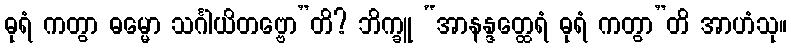
ဓုရံ ကတွာ ဓမ္မော သင်္ဂါယိတဗ္ဗော”တိ? ဘိက္ခူ “အာနန္ဒတ္ထေရံ ဓုရံ ကတွာ”တိ အာဟံသု။